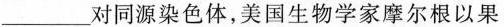
_____对同源染色体，美国生物学家摩尔根以果